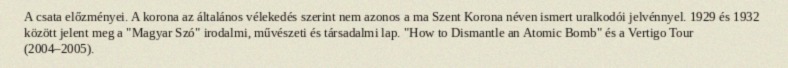
A csata előzményei. A korona az általános vélekedés szerint nem azonos a ma Szent Korona néven ismert uralkodói jelvénnyel. 1929 és 1932 között jelent meg a "Magyar Szó" irodalmi, művészeti és társadalmi lap. "How to Dismantle an Atomic Bomb" és a Vertigo Tour (2004–2005).